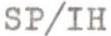
SP/IH